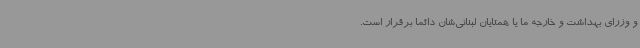
و وزرای بهداشت و خارجه ما یا همتایان لبنانی‌شان دائما برقرار است.